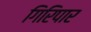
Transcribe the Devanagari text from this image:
गिरिपार